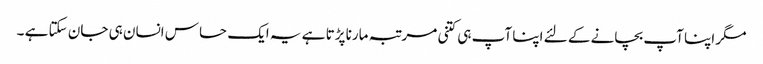
مگر اپنا آپ بچانے کے لئے اپنا آپ ہی کتنی مرتبہ مارنا پڑتا ہے یہ ایک حساس انسان ہی جان سکتا ہے ۔